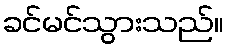
ခင်မင်သွားသည်။